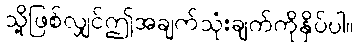
သို့ဖြစ်လျှင်ဤအချက်သုံးချက်ကိုနှိပ်ပါ။